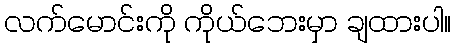
လက်မောင်းကို ကိုယ်ဘေးမှာ ချထားပါ။